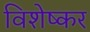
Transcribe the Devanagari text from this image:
विशेष्कर